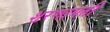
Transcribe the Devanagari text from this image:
शरणागती